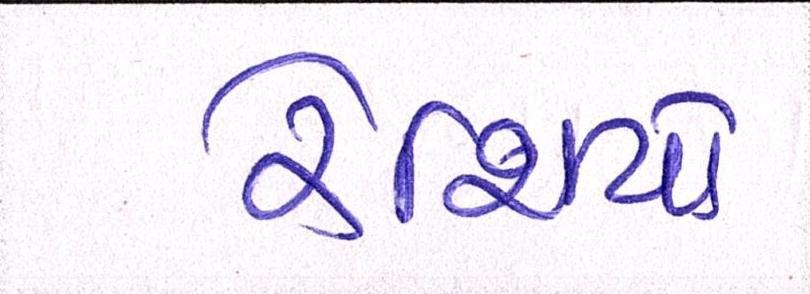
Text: રેશિયો